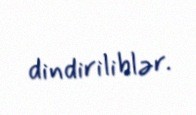
dindiriliblər.